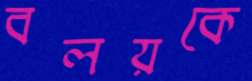
বলয়কে